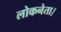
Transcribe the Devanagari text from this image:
लोकनेता।